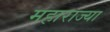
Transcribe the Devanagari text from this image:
महाराज्या